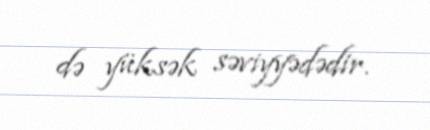
də yüksək səviyyədədir.